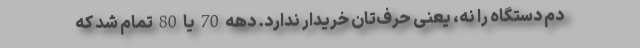
دم دستگاه را نه، یعنی حرف‌تان خریدار ندارد. دهه 70 یا 80 تمام شد که